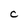
Character: C